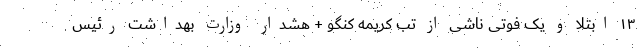
۱۳ ابتلا و یک فوتی ناشی از تب کریمه کنگو + هشدار وزارت بهداشت رئیس